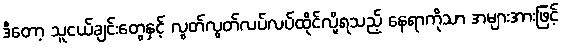
ဒီတော့ သူငယ်ချင်းတွေနှင့် လွတ်လွတ်လပ်လပ်ထိုင်လို့ရသည့် နေရာကိုသာ အများအားဖြင့်